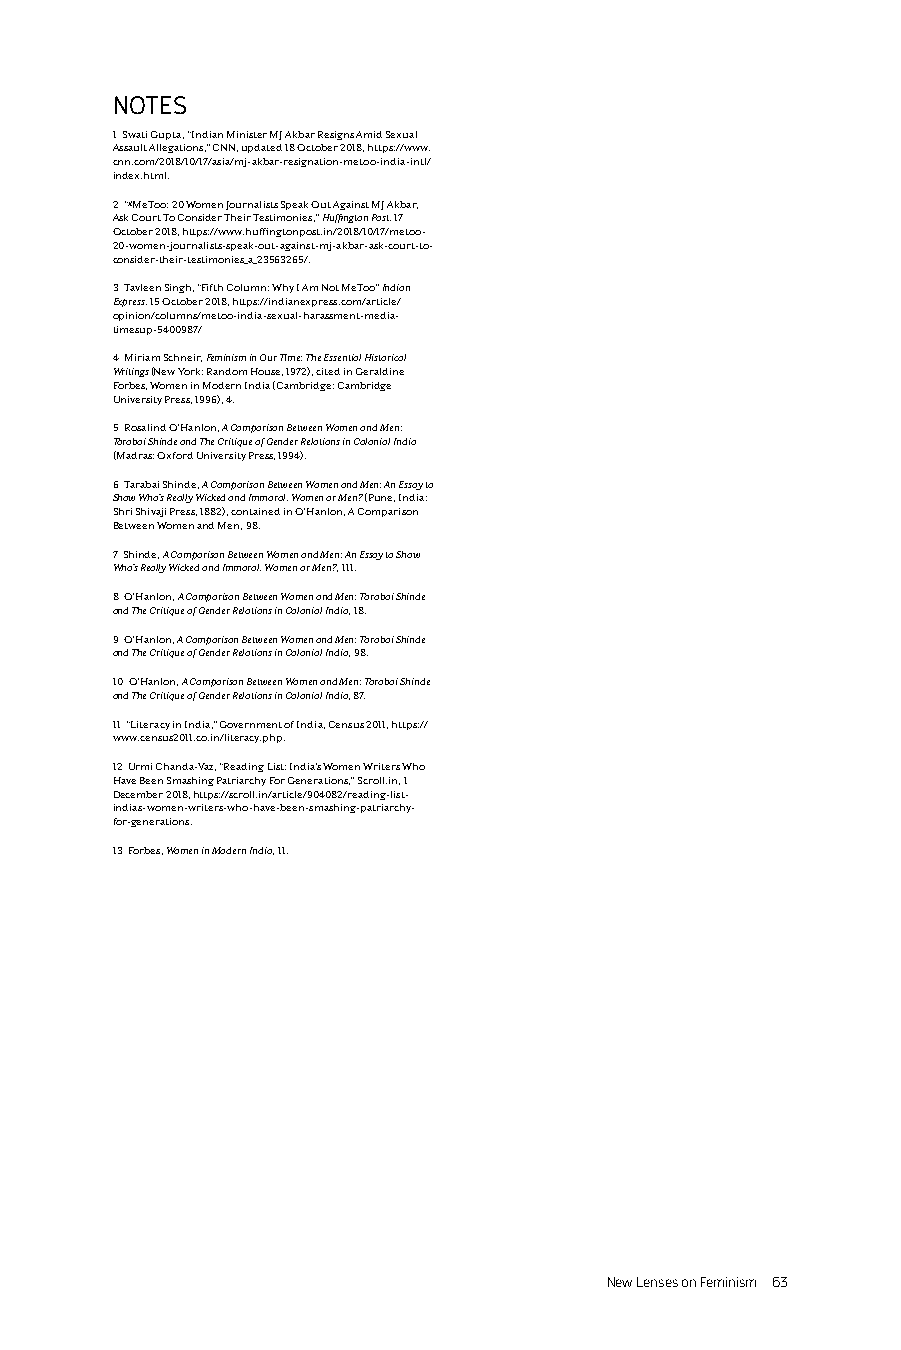
NOTES
 1 Swati Gupta, “Indian Minister MJ Akbar Resigns Amid Sexual
 Assault Allegations,” CNN, updated 18 October 2018, https://www.
 cnn.com/2018/10/17/asia/mj-akbar-resignation-metoo-india-intl/
 index.html.
 2 “#MeToo: 20 Women Journalists Speak Out Against MJ Akbar,
 Ask Court To Consider Their Testimonies,” Huffington Post, 17
 October 2018, https://www.huffingtonpost.in/2018/10/17/metoo-
 20-women-journalists-speak-out-against-mj-akbar-ask-court-to-
 consider-their-testimonies_a_23563265/.
 3 Tavleen Singh, “Fifth Column: Why I Am Not MeToo” Indian
 Express, 15 October 2018, https://indianexpress.com/article/
 opinion/columns/metoo-india-sexual-harassment-media-
 timesup-5400987/
 4 Miriam Schneir, Feminism in Our Time: The Essential Historical
 Writings (New York: Random House, 1972), cited in Geraldine
 Forbes, Women in Modern India (Cambridge: Cambridge
 University Press, 1996), 4.
 5 Rosalind O’Hanlon, A Comparison Between Women and Men:
 Tarabai Shinde and The Critique of Gender Relations in Colonial India
 (Madras: Oxford University Press, 1994).
 6 Tarabai Shinde, A Comparison Between Women and Men: An Essay to
 Show Who’s Really Wicked and Immoral, Women or Men? (Pune, India:
 Shri Shivaji Press, 1882), contained in O’Hanlon, A Comparison
 Between Women and Men, 98.
 7 Shinde, A Comparison Between Women and Men: An Essay to Show
 Who’s Really Wicked and Immoral, Women or Men?, 111.
 8 O’Hanlon, A Comparison Between Women and Men: Tarabai Shinde
 and The Critique of Gender Relations in Colonial India, 18.
 9 O’Hanlon, A Comparison Between Women and Men: Tarabai Shinde
 and The Critique of Gender Relations in Colonial India, 98.
 10 O’Hanlon, A Comparison Between Women and Men: Tarabai Shinde
 and The Critique of Gender Relations in Colonial India, 87.
 11 “Literacy in India,” Government of India, Census 2011, https://
 www.census2011.co.in/literacy.php.
 12 Urmi Chanda-Vaz, “Reading List: India’s Women Writers Who
 Have Been Smashing Patriarchy For Generations,” Scroll.in, 1
 December 2018, https://scroll.in/article/904082/reading-list-
 indias-women-writers-who-have-been-smashing-patriarchy-
 for-generations.
 13 Forbes, Women in Modern India, 11.
 New Lenses on Feminism 63